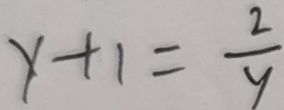
y + 1 = \frac { 2 } { y }